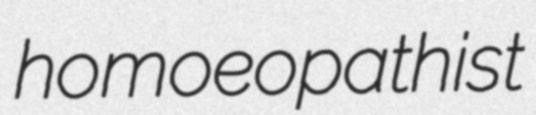
homoeopathist